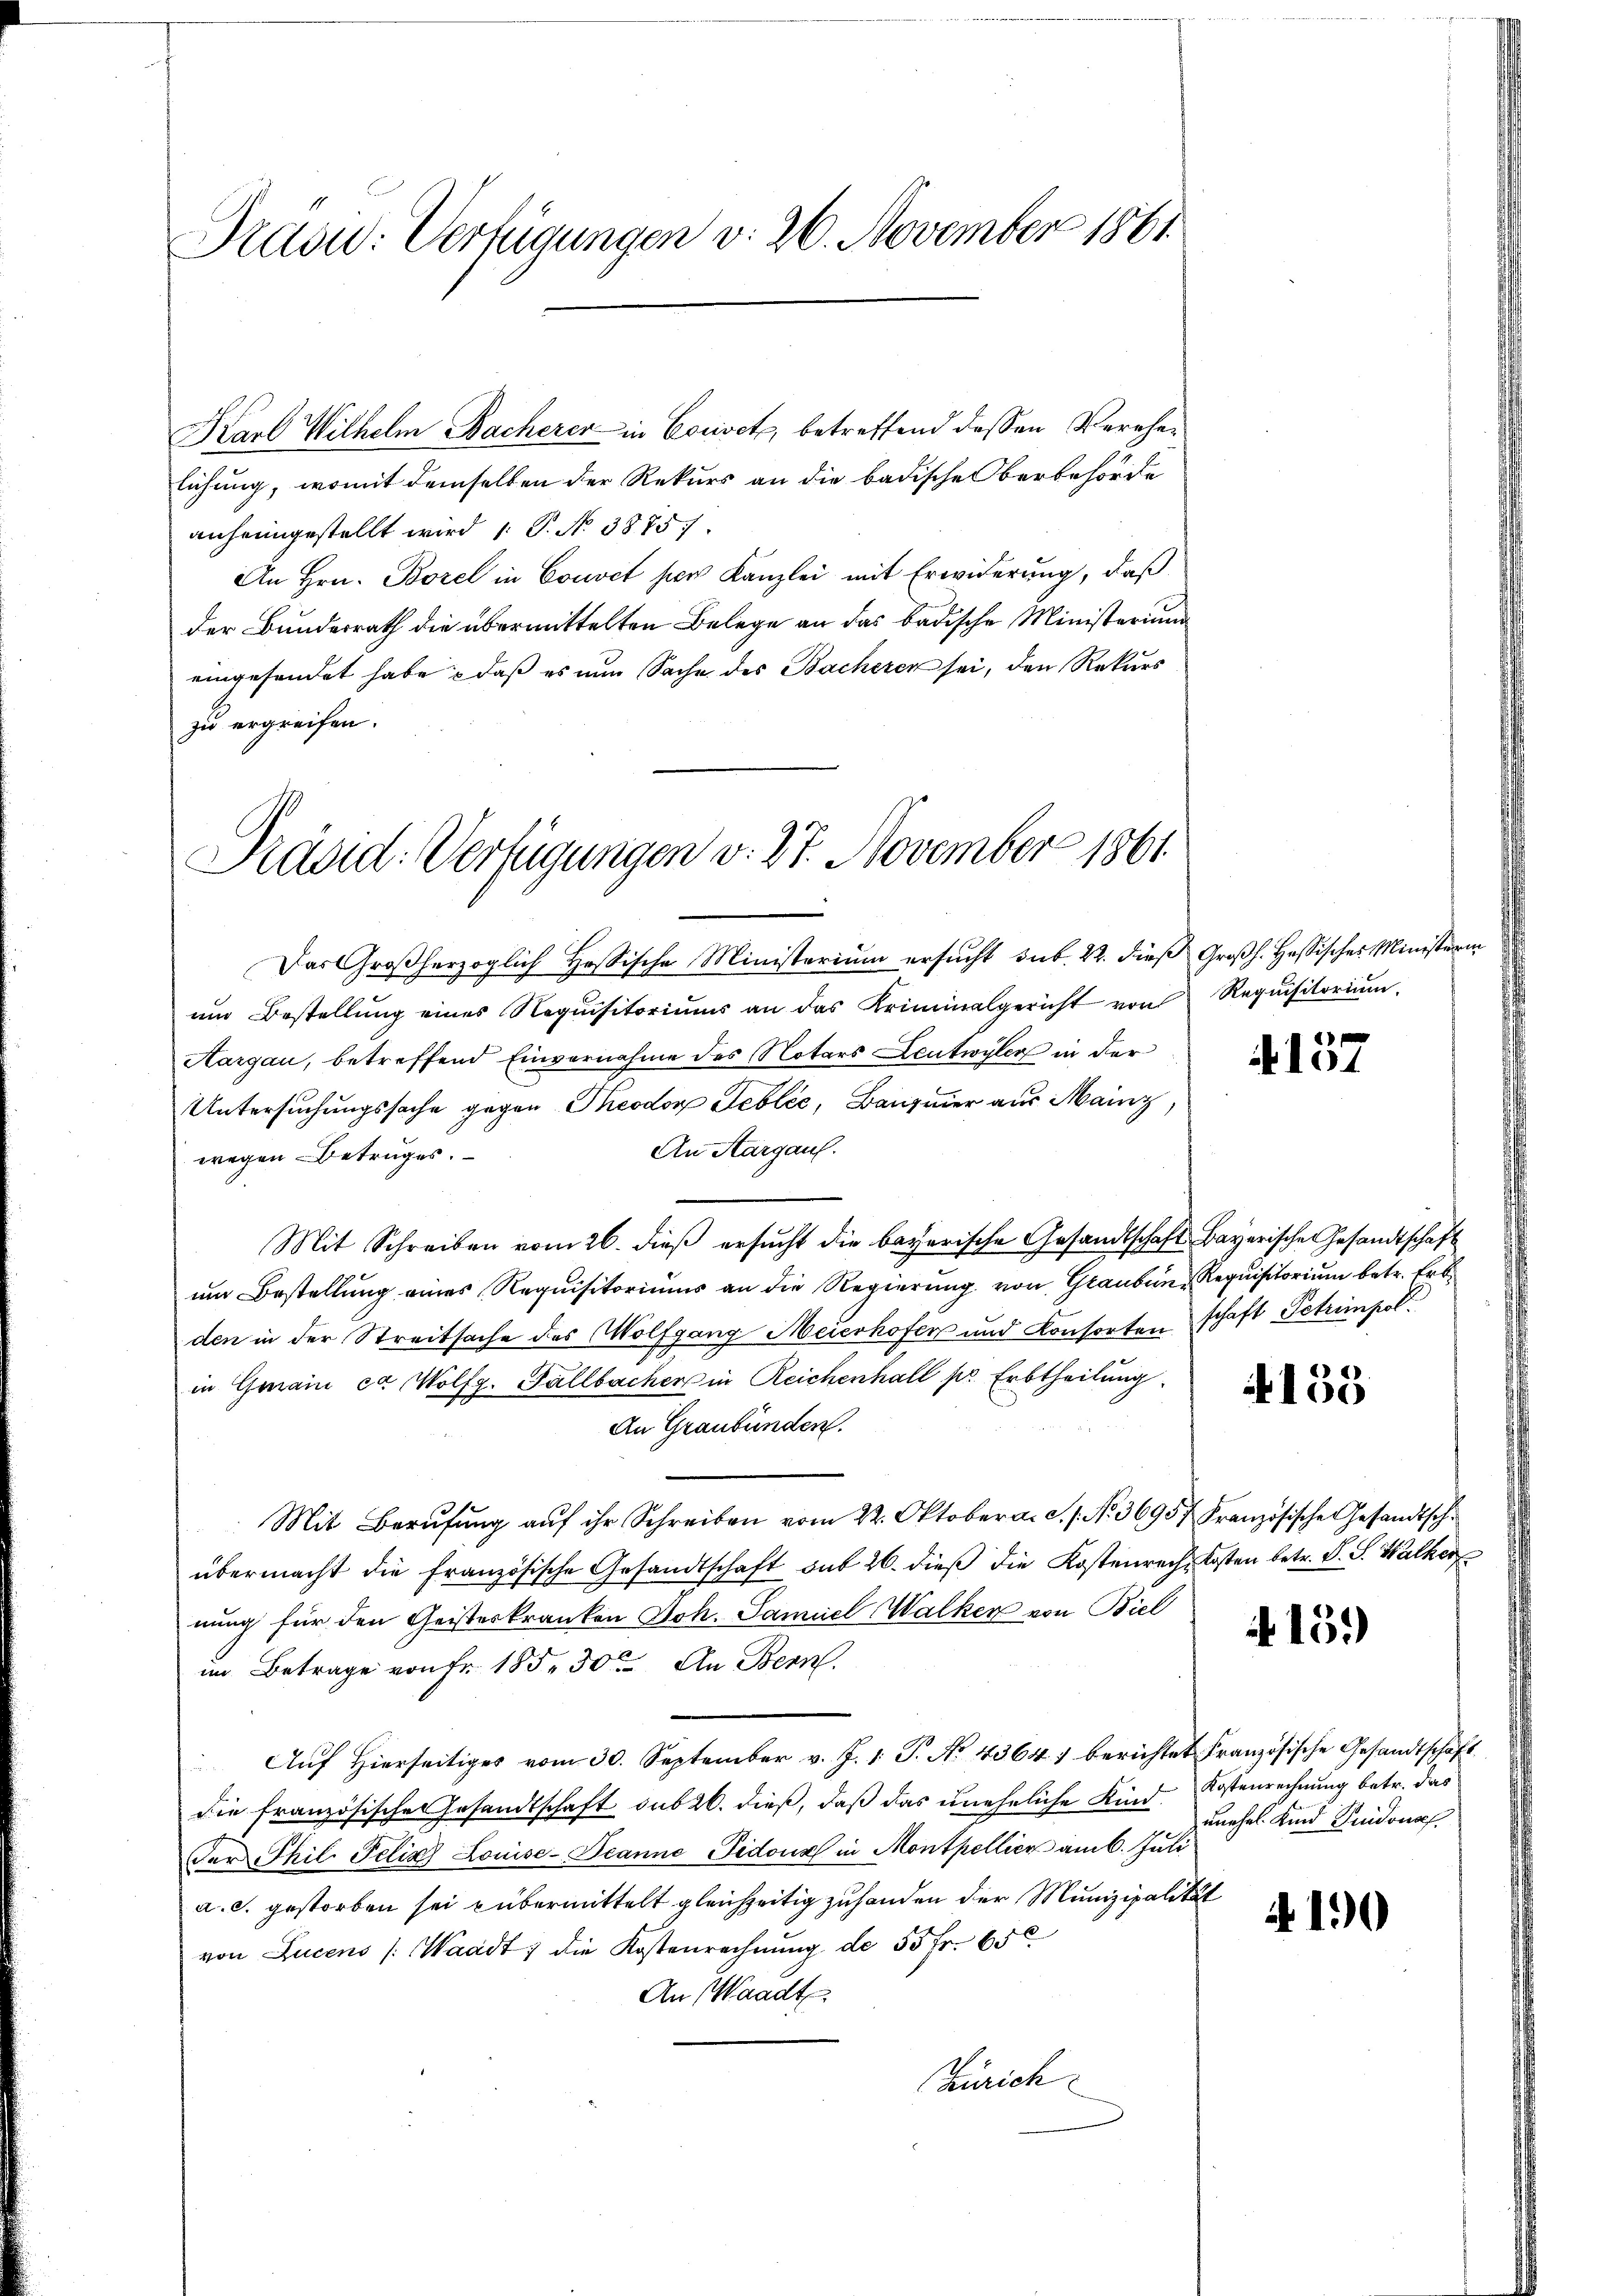
Pradw. Verfügungen v. 26. November 1861

Karl Wilhelm Bacherer in Cociset, betreffend dessen Verehelichung, womit demselben der Rekurs an die badische Oberbehörde
anheimgestellt wird 1. P. Nr. 38751.
An Hrn. Borel in Couvet per Kanzlei mit Erwiderung, daß
der Bundesrath die übermittelten Belege an das badische Ministerium
eingesendet habe, daß es nun Sache des Bacheren sei, den Rekurs
zu ergreifen.

Präsid. Verfügungen v. 27. November 1861

Das Großherzoglich Hessische Ministerium ersucht sub. 22. dieß Großh. Hassisches Ministerin
um Bestellung eines Requisitoriums an das Kriminalgericht von Requisitoriŭm
Aargau, betreffend Einvernahme des Notars Leutwyler in der
Untersuchungssache gegen Theodor Febléc, Bauzeier aus Mainz,
An Aargau.
wegen Betruges.
Mit Schreiben vom 26. dieβ ersŭcht die bayerische Gesandtschaft- Bayerische Gesandtschaft
um Bestellung eines Requisitoriums an die Regierung von Grauben & Requisitorium betr. Erbden in der Streitsache des Wolfgang Meierhofers und Konsorten schaft Petrimpol.
in Grain ca Wolfg. Fallbacher in Reichenhall pr Erbtheilung.
An Graubünden.
Mit Berufung aŭf ihr Schreiben vom 22. Oktober a. c. s. No. 36957 Französische Gesandtsch.
übermacht die französische Gesandtschaft auf 26. dieß die Kostenrech Kosten betr. P. G. Walker
nung für den Geisteskranken Joh. Samuel Walker von Biel
im Betrage von Fr. 155. 30t An Bern.
Auf hierseitiges vom 30. September v. J. 1. P. No. 4364) berichtet Französische Gesandtschaft.
die französischen Gesandtschaft sub 20. dieß, daß das uneheliche Kind Kostenrechnung betr. das
der Thil Pelia Louise-Deanne Pedoux in Montpellier am 6. Juli
a. c. gestorben sei übermittelt gleichzeitig zuhanden der Munizipalität
von Lucens /: Waadt, die Kostenrechnung de 55 fr. 650
An Waadt.
Zürich

1
4101

4 15)

unehel. Kind Guidonsf

4190